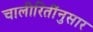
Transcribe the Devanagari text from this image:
चालीरितींनुसार